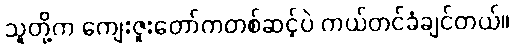
သူတို့က ကျေးဇူးတော်ကတစ်ဆင့်ပဲ ကယ်တင်ခံချင်တယ်။